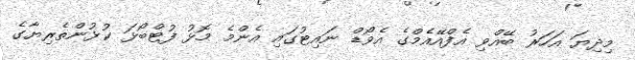
މިދިޔަ އަހަރު ބޭއްވި އެފްއޭއެމްގެ އެވޯޑް ނައިޓުގައި އެންމެ މޮޅު ފުޓްބޯޅަ ކުޅުންތެރިޔާގެ